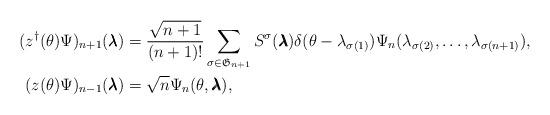
LaTeX: \begin{align*}(z^\dagger(\theta)\Psi)_{n+1}(\pmb{\lambda}) &= \frac{\sqrt{n+1}}{(n+1)!}\sum_{\sigma \in \mathfrak{G}_{n+1}}S^\sigma(\pmb{\lambda})\delta(\theta -\lambda_{\sigma(1)})\Psi_n(\lambda_{\sigma(2)}, \ldots, \lambda_{\sigma(n+1)}),\\(z(\theta)\Psi)_{n-1}(\pmb{\lambda}) &= \sqrt{n}\Psi_n(\theta,\pmb{\lambda}),\end{align*}